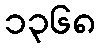
၁၃၆၈